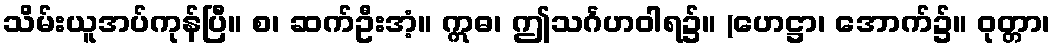
သိမ်းယူအပ်ကုန်ပြီ။ စ၊ ဆက်ဦးအံ့။ ဣဓ၊ ဤသင်္ဂဟဝါရ၌။ (ဟေဋ္ဌာ၊ အောက်၌။ ဝုတ္တာ၊